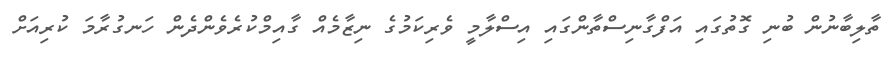
ތާލިބާނުން ބުނި ގޮތުގައި އަފްގާނިސްތާންގައި އިސްލާމީ ވެރިކަމުގެ ނިޒާމެއް ގާއިމްކުރެވެންދެން ހަނގުރާމަ ކުރިއަށް